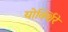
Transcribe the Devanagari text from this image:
योर्क्शिरे